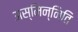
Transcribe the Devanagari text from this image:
अस्मिन्निति